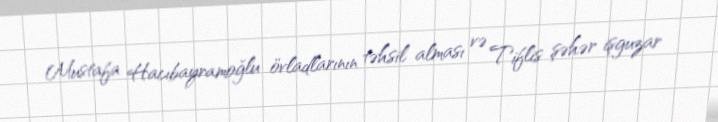
Mustafa Hacıbayramoğlu övladlarının təhsil alması və Tiflis şəhər işguzar